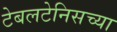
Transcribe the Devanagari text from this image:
टेबलटेनिसच्या